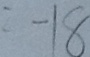
= - 1 8